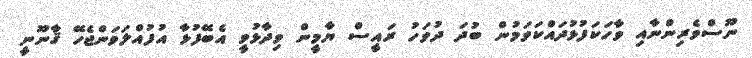
ނޫސްވެރިންނާއި ވާހަކަފުޅުދައްކަވަމުން ބުދަ ދުވަހު ރައީސް ޔާމީން ވިދާޅުވީ އެބޭފުޅާ އުފުއްލަވަންޖެހޭ ޤާނޫނީ